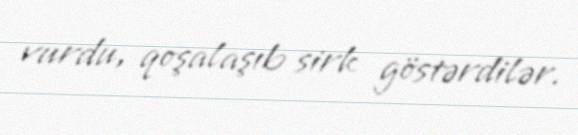
vurdu, qoşalaşıb sirk göstərdilər.